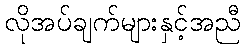
လိုအပ်ချက်များနှင့်အညီ